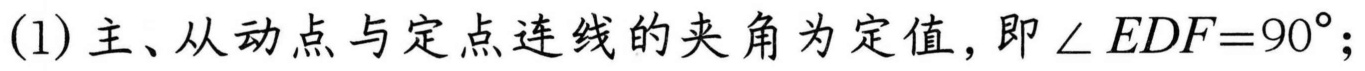
(1) 主、从动点与定点连线的夹角为定值, 即\(\angle EDF = 90^{\circ}\);